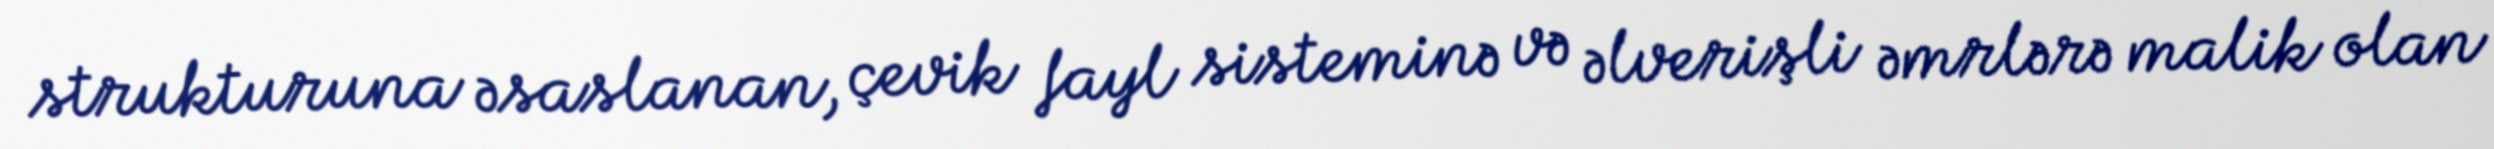
strukturuna əsaslanan, çevik fayl sisteminə və əlverişli əmrlərə malik olan